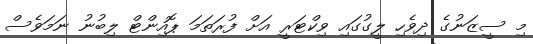
މި ސީޒަނުގެ ދިވެހި ލީގުގައި ވިކްޓަރީ އަށް ފުރަތަމަ ޕޮއިންޓް ލިބުނު ނަމަވެސް